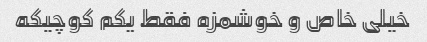
خیلی خاص و خوشمزه فقط یکم کوچیکه